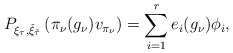
\begin{align*}P_{\xi_{\tau},\check{\xi}_{\tilde{\tau}}}\left(\pi_{\nu}(g_\nu)v_{\pi_{\nu}}\right)=\sum_{i=1}^r e_i(g_\nu)\phi_i,\end{align*}